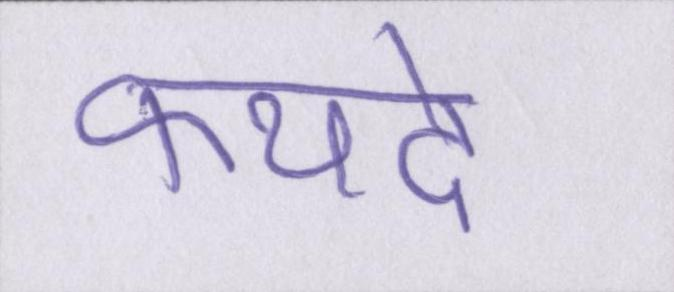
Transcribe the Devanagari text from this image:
फयदे